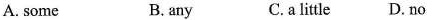
A. some B. any C.a little D. no